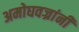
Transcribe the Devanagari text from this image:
अमोघवज्रांनी